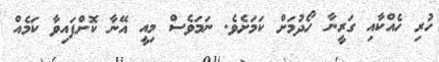
ހުރި ހެއްކާއި ގަރީނާ ހޯދުމަށް ކަމަށެވެ. ނަމަވެސް މިއީ އޭނާ ކޮށްފައިވާ ކަމެއް